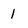
Character: 1